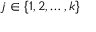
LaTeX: j \in \left\{ { 1 , 2 , \dots , k } \right\}